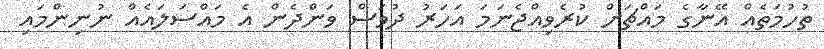
ތުހުމަތެއް އޭނާގެ މައްޗަށް ކުރެވިއްޖެނަމަ އަހަރު ދުވަސް ވަންދެން އެ މައްސަލައެއް ނުނިންމައި